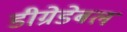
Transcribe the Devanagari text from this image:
डीग्रेडेबल